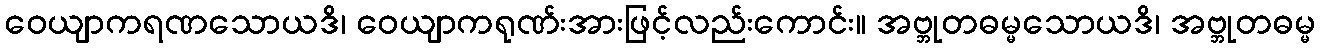
ဝေယျာကရဏသောယဒိ၊ ဝေယျာကရုဏ်းအားဖြင့်လည်းကောင်း။ အဗ္ဘုတဓမ္မသောယဒိ၊ အဗ္ဘုတဓမ္မ